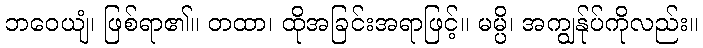
ဘဝေယျံ၊ ဖြစ်ရာ၏။ တထာ၊ ထိုအခြင်းအရာဖြင့်။ မမ္ပိ၊ အကျွန်ုပ်ကိုလည်း။